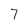
Character: 7